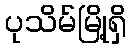
ပုသိမ်မြို့ရှိ